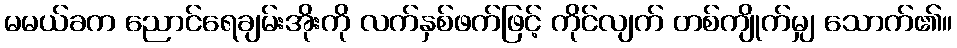
မမယ်ခက ညောင်ရေချမ်းအိုးကို လက်နှစ်ဖက်ဖြင့် ကိုင်လျက် တစ်ကျိုက်မျှ သောက်၏။